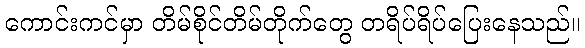
ကောင်းကင်မှာ တိမ်စိုင်တိမ်တိုက်တွေ တရိပ်ရိပ်ပြေးနေသည်။